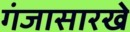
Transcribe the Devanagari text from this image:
गंजासारखे